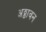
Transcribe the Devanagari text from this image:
अठ्ठावन